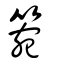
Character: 箢